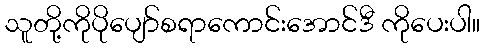
သူတို့ကိုပိုပျော်စရာကောင်းအောင်ဒီ ကိုပေးပါ။